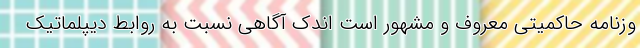
وزنامه حاکمیتی معروف و مشهور است اندک آگاهی نسبت به روابط دیپلماتیک